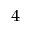
_ 4